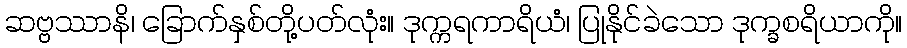
ဆဗ္ဗဿာနိ၊ ခြောက်နှစ်တို့ပတ်လုံး။ ဒုက္ကရကာရိယံ၊ ပြုနိုင်ခဲသော ဒုက္ခစရိယာကို။